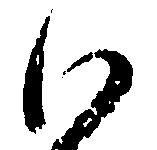
い